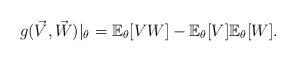
LaTeX: \begin{align*}g( \vec{V},\vec{W})|_\theta = \mathbb{E}_\theta[ VW] - \mathbb{E}_\theta[V]\mathbb{E}_\theta[W].\end{align*}